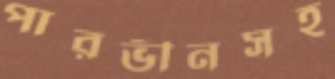
পারভীনসহ